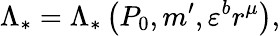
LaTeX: \Lambda_{\ast}=\Lambda_{\ast}\left(P_{0},m^{\prime},\varepsilon^{b}r^{\mu}\right),